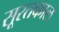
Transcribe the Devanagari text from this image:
सूरतकाल